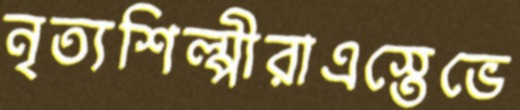
নৃত্যশিল্পীরাএস্তেভে